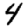
Digit: 4